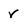
Character: r